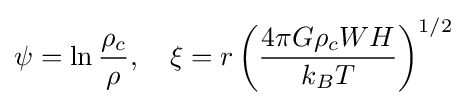
\psi =\ln {\frac {\rho _{c}}{\rho }},\quad \xi =r\left({\frac {4\pi G\rho _{c}WH}{k_{B}T}}\right)^{1/2}